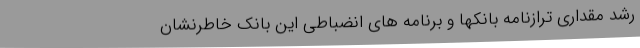
رشد مقداری ترازنامه بانکها و برنامه های انضباطی این بانک خاطرنشان